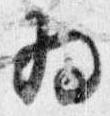
為